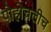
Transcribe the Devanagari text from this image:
पोहोचलीच